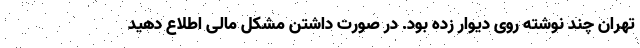
تهران چند نوشته روی دیوار زده بود. در صورت داشتن مشکل مالی اطلاع دهید